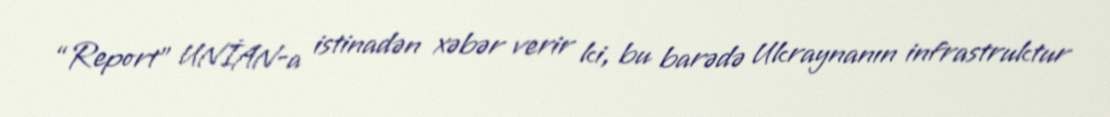
“Report” UNİAN-a istinadən xəbər verir ki, bu barədə Ukraynanın infrastruktur